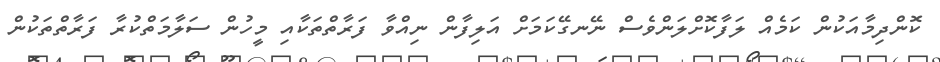
ކޮންދިމާއަކުން ކަމެއް ލަފާކޮށްލަންވެސް ނޭނގޭކަމަށް އަލިފާން ނިއްވާ ފަރާތްތަކާއި މީހުން ސަލާމަތްކުރާ ފަރާތްތަކުން